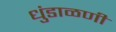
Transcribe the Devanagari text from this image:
धुंडाळणी